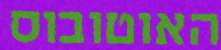
האוטובוס